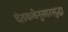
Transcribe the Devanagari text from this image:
दंतकथेनुसारसुद्धा